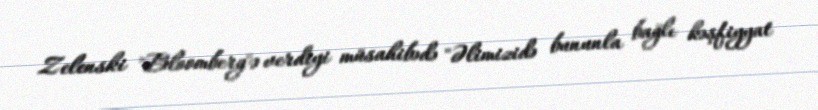
Zelenski "Bloomberg"ə verdiyi müsahibədə "Əlimizidə bununla bağlı kəşfiyyat